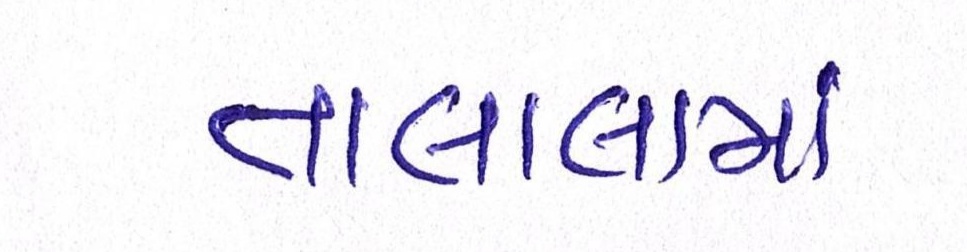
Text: તાલાલામાં